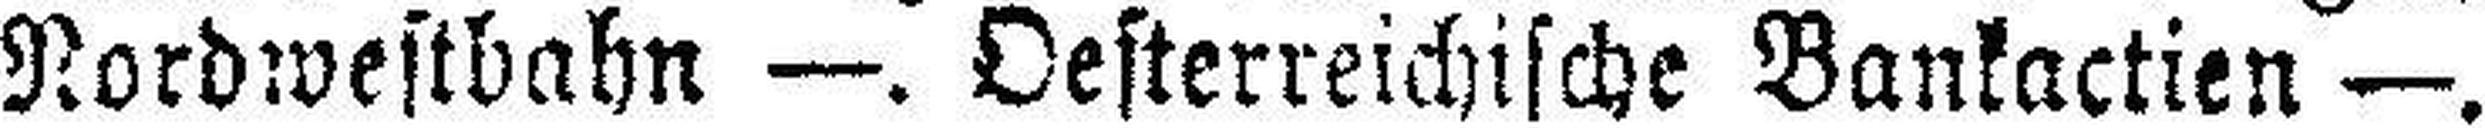
Nordwestbahn —. Oesterreichische Bankactien —.